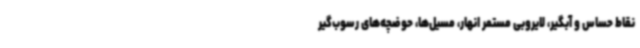
نقاط حساس و آبگیر، لایروبی مستمر انهار، مسیل‌ها، حوضچه‌های رسوب‌گیر